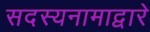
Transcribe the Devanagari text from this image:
सदस्यनामाद्वारे